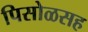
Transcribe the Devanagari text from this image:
पिसोळसह